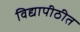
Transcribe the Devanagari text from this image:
विद्यापीठीत